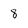
Character: 8